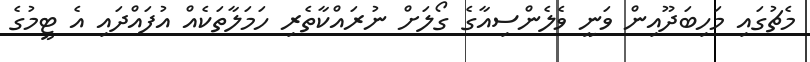
މެޗުގައި މަހިބަދޫއިން ވަނީ ވެލެންސިއާގެ ގޯލަށް ނުރައްކާތެރި ހަމަލާތަކެއް އުފައްދައި އެ ޓީމުގެ